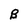
Character: B